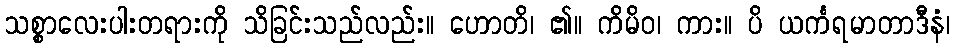
သစ္စာလေးပါးတရားကို သိခြင်းသည်လည်း။ ဟောတိ၊ ၏။ ကိမိဝ၊ ကား။ ပိ ယင်္ကရမာတာဒီနံ၊